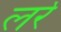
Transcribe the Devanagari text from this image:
लर्रे